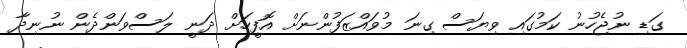
ގަޑި ނުޖެހުނު ކަމުގައި ވިޔަސް ގިނަ މުވައްޒަފުންނަށް އޮފީހަށް ދަނީ ލަސްވަންދެން ނުނިދާ